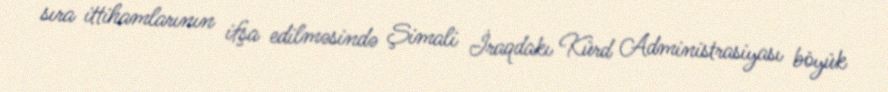
sıra ittihamlarının ifşa edilməsində Şimali İraqdakı Kürd Administrasiyası böyük